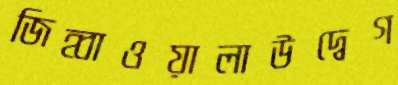
জিহ্বাওয়ালাউদ্বেগ